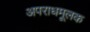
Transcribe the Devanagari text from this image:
अपराधमूलक